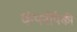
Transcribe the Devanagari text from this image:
कंपनींपैकी